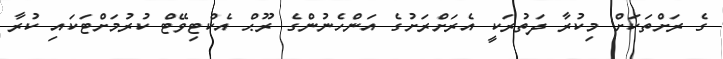
ގެ ރަށްތަކަށް މިކުރާ ދަތުރަކީ އެރަށްރަށުގެ އަންހެނުންގެ ރޫޙް އެކްޓިވޭޓް ކުރުމަށްޓަކައި ކުރާ